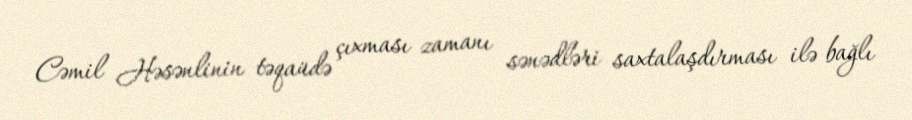
Cəmil Həsənlinin təqaüdə çıxması zamanı sənədləri saxtalaşdırması ilə bağlı